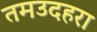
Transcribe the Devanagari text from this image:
तमउदहरा